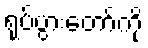
ရုပ်ပွားတော်ကို